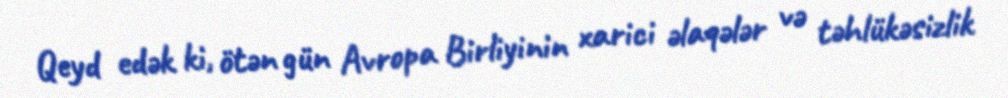
Qeyd edək ki, ötən gün Avropa Birliyinin xarici əlaqələr və təhlükəsizlik